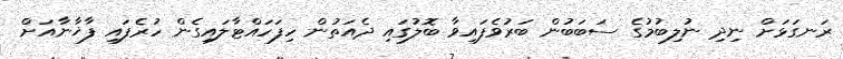
ރަނގަޅަށް ނިދި ނުލިބުމުގެ ސަބަބުން ބަރުވެފައިވާ ބޮލުގައި ދެއަތުން ހިފަހައްޓާލައިގެން ހުރެފައި ފާޚާނާއަށް